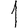
Digit: 1